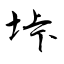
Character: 垰